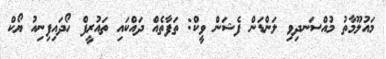
މައުލޫމާތު މުއްސަނދިވި ލަންޑަން ފެޝަން ވީކް: ތަފާތެއް ދައްކައި ތައުރީފް ހޯދައިފިނިއު ޔޯކް